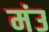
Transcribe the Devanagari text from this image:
मंउ